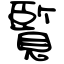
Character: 覧